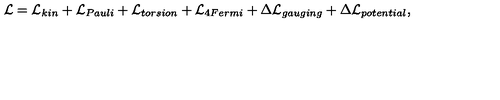
{ \cal L } = { \cal L } _ { k i n } + { \cal L } _ { P a u l i } + { \cal L } _ { t o r s i o n } + { \cal L } _ { 4 F e r m i } + \Delta { \cal L } _ { g a u g i n g } + \Delta { \cal L } _ { p o t e n t i a l } ,